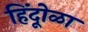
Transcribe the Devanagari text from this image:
हिंदूोळा